Burma Government Medical School reports 1923-41
Year: 1923
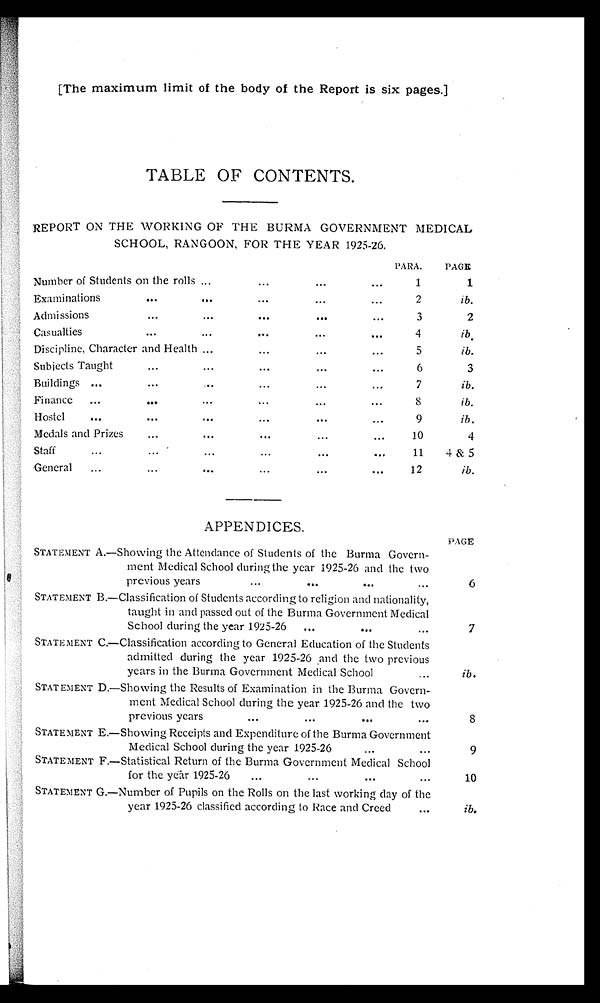
[The maximum limit of the body of the Report is six pages.]
TABLE OF CONTENTS.
REPORT ON THE WORKING OF THE BURMA GOVERNMENT MEDICAL
SCHOOL, RANGOON, FOR THE YEAR 1925-26.
PARA. PAGE
Number of Students on the rolls ... ... ... ...
1
1
Examinations
...
.... ... ... ...
2
ib.
Admissions...
. . .
3
2
Casualties
...
- . ... ... ...
4
ib.
Discipline, Character and Health ...
......
...
5
ib.
Subjects Taught
.. . .. . ...... ...
6
3
Buildings ...
...
......
...
7
ib.
Finance ...
...
...
...
...
...
8
ib.
...
Hostel
.... ... ......
9
Lb.
Medals and Prizes
...
...
. .. ... ...
10
4
...
...
Staff
...
......
...
11 4 &5
General... ...
......
...
. . .
12
ib.
APPENDICES.
STATEMENT A—Showing
the Attendance of Students of the Burma Govern-
ment Medical School during the year 1925-26 and the two
previous years
...
...
......
PAGE
6
STATEMENT B.—Classification of Students according to religion and nationality,
taught in and passed out of the Burma Government Medical
School during the year 1925-26 ...
......
7
STATEMENT C.—Classification according to General Education of the Students
admitted during the year 1925-26 and the two previous
years in the Burma Government Medical School
...
ib.
STATEMENT D.—Showing the Results of Examination in the Burma Govern-
ment Medical School during the year 1925-26 and the two
previous years...
...
. . .
8
STATEMENT E.—Showing Receipts and Expenditure of the Burma Government
Medical School during the year 1925-26...
...
9
STATEMENT F.—Statistical Return of the Burma Government Medical School
for the year 1925-26 ...
. . .
...
...
10
STATEMENT G.—Number of Pupils on the Rolls on the last working day of the
year 1925-26 classified according to Race and Creed
...
ib.